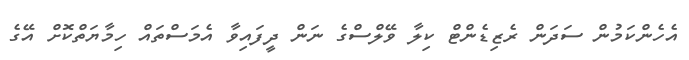
އެހެންކަމުން ސަދަން ރެޒިޑެންޓް ކިލާ ވޭލްސްގެ ނަން ދީފައިވާ އެމަސްތައް ހިމާޔަތްކޮށް އޭގެ